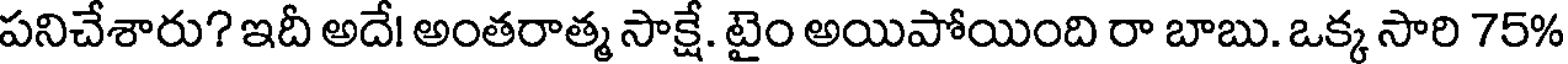
పనిచేశారు? ఇదీ అదే! అంతరాత్మ సాక్షే. టైం అయిపోయింది రా బాబు. ఒక్క సారి 75%